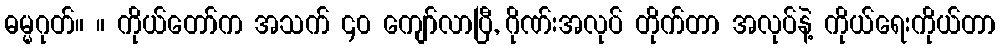
ဓမ္မဂုတ်။ ။ ကိုယ်တော်က အသက် ၄၀ ကျော်လာပြီ, ဂိုဏ်းအလုပ် တိုက်တာ အလုပ်နဲ့ ကိုယ်ရေးကိုယ်တာ